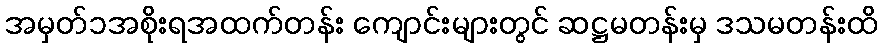
အမှတ်၁အစိုးရအထက်တန်း ကျောင်းများတွင် ဆဋ္ဌမတန်းမှ ဒသမတန်းထိ